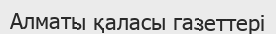
Алматы қаласы газеттері